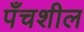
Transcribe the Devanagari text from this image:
पँचशील